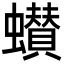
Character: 𮕌